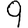
Digit: 9